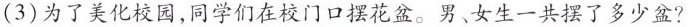
(3)为了美化校园，同学们在校门口摆花盆。男、女生一共摆了多少盆?